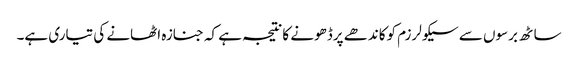
ساٹھ برسوں سے سیکولرزم کوکاندھے پرڈھونے کانتیجہ ہے کہ جنازہ اٹھانے کی تیاری ہے۔